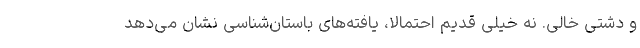
و دشتی خالی. نه خیلی قدیم احتمالا، یافته‌های باستان‌شناسی نشان می‌دهد